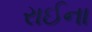
રાઈના